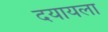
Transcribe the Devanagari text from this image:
दयायला